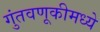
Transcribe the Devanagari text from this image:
गुंतवणूकीमध्ये